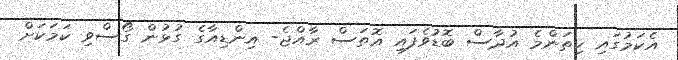
އެކަމުގައި ކިތަންމެ އުދާސް ބޮޑުވެފައި އޮތަސް ރާއްޖެ- އިންޑިއާގެ ގުޅުން ގޯސްވި ކަމަކަށް